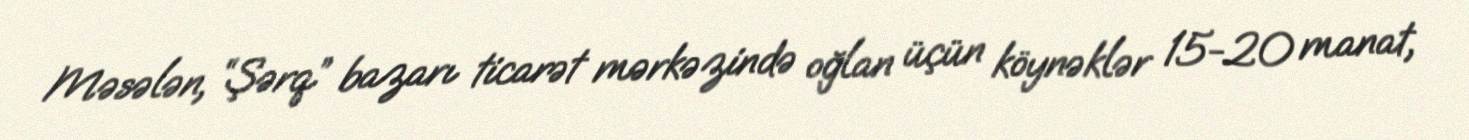
Məsələn, “Şərq” bazarı ticarət mərkəzində oğlan üçün köynəklər 15-20 manat,